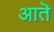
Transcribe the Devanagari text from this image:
आतॆ